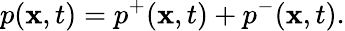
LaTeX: p({\mathbf x},t)=p^{+}({\mathbf x},t)+p^{-}({\mathbf x},t).